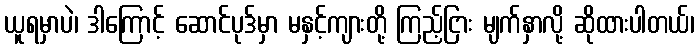
ယူရမှာပဲ၊ ဒါကြောင့် ဆောင်ပုဒ်မှာ မနှင့်ကျားတို့ ကြည့်ငြား မျက်နှာလို့ ဆိုထားပါတယ်၊